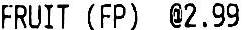
FRUIT (FP) @2.99